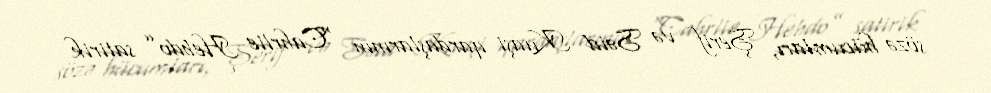
sözə hücumları, Şerif və Səid Kuaşi qardaşlarının “Cahrlie Hebdo” satirik